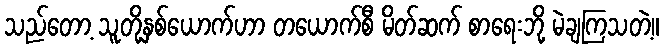
သည်တော့ သူတို့နှစ်ယောက်ဟာ တယောက်စီ မိတ်ဆက် စာရေးဘို့ မဲချကြသတဲ့။